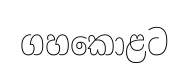
ගහකොළට